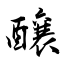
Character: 醸